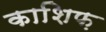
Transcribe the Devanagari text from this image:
काशिफ़